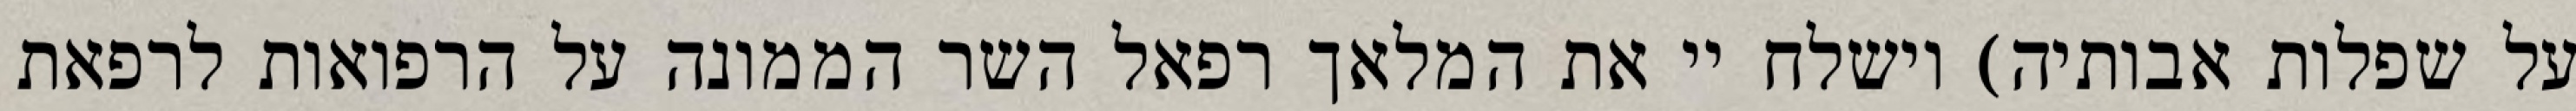
על שפלות אבותיה) וישלח יי את המלאך רפאל השר הממונה על הרפואות לרפאת